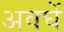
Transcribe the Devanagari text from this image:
अवघें